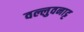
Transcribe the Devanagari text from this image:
वल्लुवनाट्ट